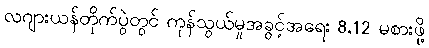
လဂျားယန်တိုက်ပွဲတွင် ကုန်သွယ်မှုအခွင့်အရေး 8,12 မစားဖို့